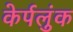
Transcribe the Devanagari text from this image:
केर्पलुंक